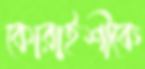
কোরাইশীকে